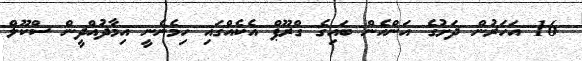
16 އަހަރުން ދަށުގެ އަންހެން ބައިގެ ގްރޫޕް އެކެއްގައި ހިމެނެނީ އިމާދުއްދީން ސްކޫލް